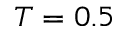
T = 0 . 5